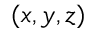
( x , y , z )